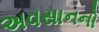
અવસાનનો